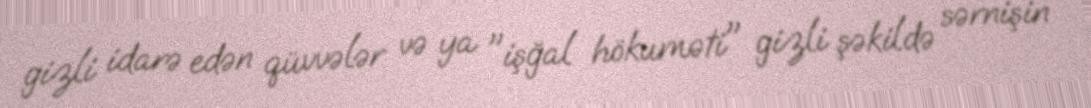
gizli idarə edən qüvvələr və ya "işğal hökuməti" gizli şəkildə sərnişin